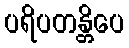
ပရိပတန္တိပေ